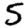
Digit: 5